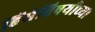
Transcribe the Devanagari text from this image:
हिंसेविषयीच्या